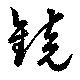
鏡